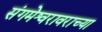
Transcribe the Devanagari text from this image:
संगमेश्वरावराच्या